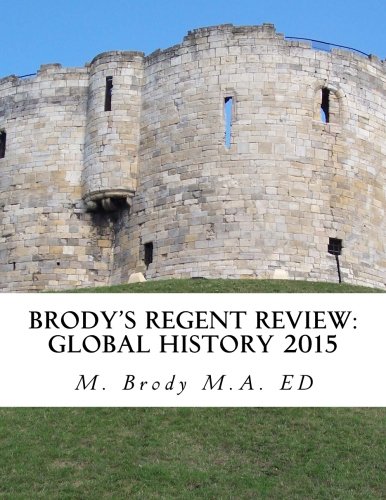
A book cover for Brodys Regent Review: Global History 2015: Global regents review in less than 100 pages (Brodys Regents Revew); M Brody; Test Preparation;